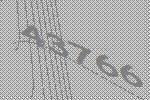
43766